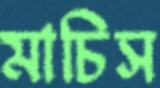
মাচিস